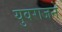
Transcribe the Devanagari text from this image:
युवराजने